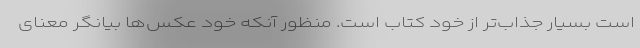
است بسیار جذاب‌تر از خود کتاب است. منظور آنکه خود عکس‌ها بیانگر معنای